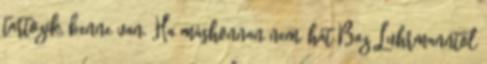
tartozik, benne van. Ha máshonnan nem, hát Baz Luhrmanntől